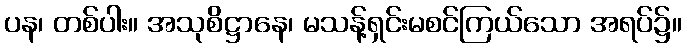
ပန၊ တစ်ပါး။ အသုစိဋ္ဌာနေ၊ မသန့်ရှင်းမစင်ကြယ်သော အရပ်၌။